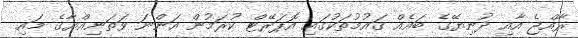
ރާއްޖެ އާއި ދުނިޔޭގެ ބައެއް ގައުމުތަކުގައި އޮޕަރޭޓް ކުރަމުން އަންނަ ވަތަނިއްޔާގެ މައި